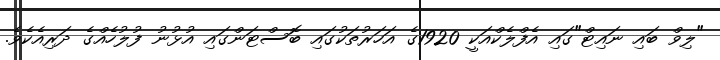
"ލިވް ބައި ނައިޓް"ގައި އެފްލެކްއަކީ 1920ގެ އަހަރުތަކުގައި ބޮސްޓަންގައި އުޅުނު ފުލުހެއްގެ ދަރިއެކެވެ.